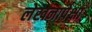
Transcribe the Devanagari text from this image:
लेखनापेक्षा